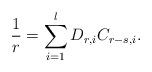
LaTeX: \begin{align*} \frac{1}{r}=\sum_{i=1}^l D_{r,i}C_{r-s,i}.\end{align*}